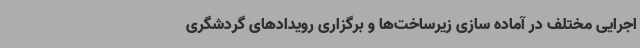
اجرایی مختلف در آماده سازی زیرساخت‌ها و برگزاری رویدادهای گردشگری